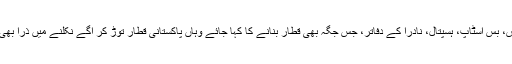
ایئرپورٹس، بینس، بس اسٹاپ، ہسپتال، نادرا کے دفاتر، جس جگہ بھی قطار بنانے کا کہا جائے وہاں پاکستانی قطار توڑ کر آگے نکلنے میں ذرا بھی نہیں ہچکچاتے۔